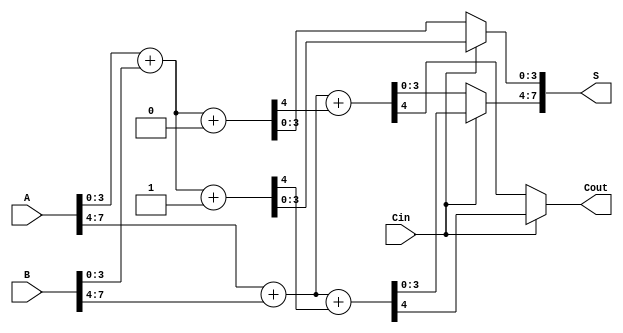
module carry_select_adder (
    input [7:0] A,      // 8-bit input A
    input [7:0] B,      // 8-bit input B
    input Cin,          // Carry input
    output [7:0] S,     // 8-bit sum output
    output Cout         // Carry output
);
    wire [3:0] S0_0, S0_1, S1_0, S1_1; // Sum outputs for each segment
    wire C0_0, C0_1, C1_0, C1_1;        // Carry outputs for each segment

    // First segment (lower 4 bits)
    assign {C0_0, S0_0} = A[3:0] + B[3:0] + 1'b0; // Sum assuming carry in = 0
    assign {C0_1, S0_1} = A[3:0] + B[3:0] + 1'b1; // Sum assuming carry in = 1

    // Second segment (upper 4 bits)
    assign {C1_0, S1_0} = A[7:4] + B[7:4] + C0_0; // Sum assuming carry in from first segment
    assign {C1_1, S1_1} = A[7:4] + B[7:4] + C0_1; // Sum assuming carry in from first segment

    // Carry selection logic
    assign S[3:0] = (Cin) ? S0_1 : S0_0; // Select sum from first segment based on Cin
    assign S[7:4] = (Cin) ? S1_1 : S1_0; // Select sum from second segment based on Cin
    assign Cout = (Cin) ? C1_1 : C1_0;    // Select carry out based on Cin

endmodule